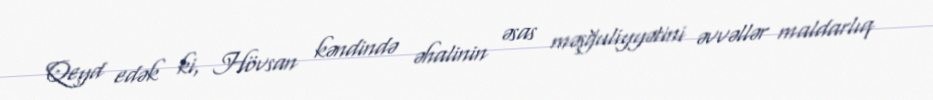
Qeyd edək ki, Hövsan kəndində əhalinin əsas məşğuliyyətini əvvəllər maldarlıq